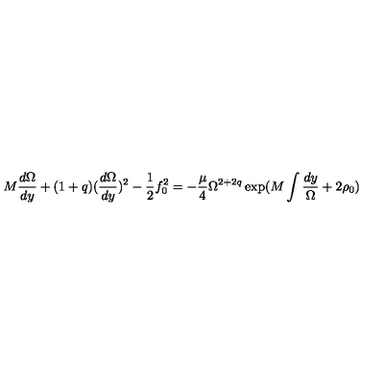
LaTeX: M \frac { d \Omega } { d y } + ( 1 + q ) ( \frac { d \Omega } { d y } ) ^ { 2 } - \frac { 1 } { 2 } f _ { 0 } ^ { 2 } = - \frac { \mu } { 4 } \Omega ^ { 2 + 2 q } \exp ( M \int \frac { d y } { \Omega } + 2 \rho _ { 0 } )